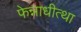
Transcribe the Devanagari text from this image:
फेन्नाधीत्था